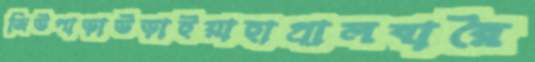
জিউপাড়াউড়াইয়াহাপ্‌রালবারৈ